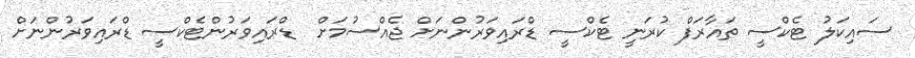
ސައިކަލު ޓެކްސީ ތައާރަފް ކުރަނީ ޓެކްސީ ޑްރައިވަރުންނަށް ޖެއްސުމަށް  ޑްރައިވަރުންޓެކްސީ ޑްރައިވަރުންނަށް